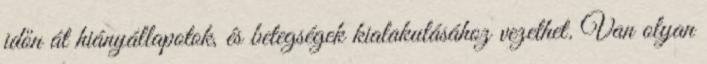
időn át hiányállapotok, és betegségek kialakulásához vezethet. Van olyan